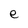
Character: e